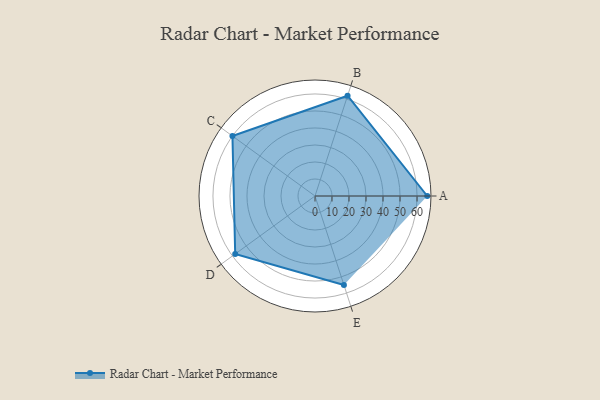
{"axis": {"x": "Skill", "y": "Score"}, "legend": ["Profile"], "data": [{"x": "A", "y": 66.0, "type": "Profile"}, {"x": "B", "y": 62.0, "type": "Profile"}, {"x": "C", "y": 60.0, "type": "Profile"}, {"x": "D", "y": 58.0, "type": "Profile"}, {"x": "E", "y": 55.0, "type": "Profile"}]}